Report of the Hyderabad Chloroform Commission
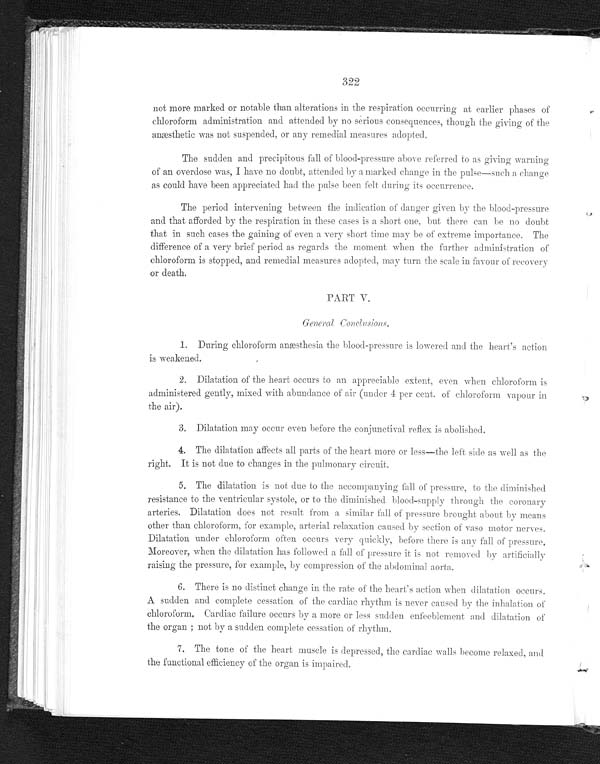
322
not more marked or notable than alterations in the respiration occurring at earlier phases of
chloroform administration and attended by no serious consequences, though the giving of the
anæsthetic was not suspended, or any remedial measures adopted.
The sudden and precipitous fall of blood-pressure above referred to as giving warning
of an overdose was, I have no doubt, attended by a marked change in the pulse—such a change
as could have been appreciated had the pulse been felt during its occurrence.
The period intervening between the indication of danger given by the blood-pressure
and that afforded by the respiration in these cases is a short one, but there can be no doubt
that in such cases the gaining of even a very short time may be of extreme importance. The
difference of a very brief period as regards the moment when the further administration of
chloroform is stopped, and remedial measures adopted, may turn the scale in favour of recovery
or death.
PART V.
General Conclusions.
1 . D u r i n g c h l o r o f o r m a n æ s t h e s i a t h e b l o o d - p r e s s u r e i s l o w e r e d a n d t h e h e a r t ' s a c t i o n
is weakened.
2 . D i l a t a t i o n o f t h e h e a r t o c c u r s t o a n a p p r e c i a b l e e x t e n t , e v e n w h e n c h l o r o f o r m i s
administered gently, mixed with abundance of air (under 4 per cent. of chloroform vapour in
the air).
3. Dilatation may occur even before the conjunctival reflex is abolished.
4 . T h e d i l a t a t i o n a f f e c t s a l l p a r t s o f t h e h e a r t m o r e o r l e s s — t h e l e f t s i d e a s w e l l a s t h e
right. It is not due to changes in the pulmonary circuit.
5 . T h e d i l a t a t i o n i s n o t d u e t o t h e a c c o m p a n y i n g f a l l o f p r e s s u r e , t o t h e d i m i n i s h e d
resistance to the ventricular systole, or to the diminished blood-supply through the coronary
arteries. Dilatation does not result from a similar fall of pressure brought about by means
other than chloroform, for example, arterial relaxation caused by section of vaso motor nerves.
Dilatation under chloroform often occurs very quickly, before there is any fall of pressure.
Moreover, when the dilatation has followed a fall of pressure it is not removed by artificially
raising the pressure, for example, by compression of the abdominal aorta.
6. There is no distinct change in the rate of the heart's action when dilatation occurs.
A sudden and complete cessation of the cardiac rhythm is never caused by the inhalation of
chloroform. Cardiac failure occurs by a more or less sudden enfeeblement and dilatation of
the organ; not by a sudden complete cessation of rhythm.
7. The tone of the heart muscle is depressed, the cardiac walls become relaxed, and
the functional efficiency of the organ is impaired.